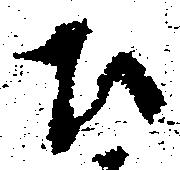
ひ